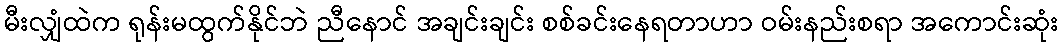
မီးလျှံထဲက ရုန်းမထွက်နိုင်ဘဲ ညီနောင် အချင်းချင်း စစ်ခင်းနေရတာဟာ ဝမ်းနည်းစရာ အကောင်းဆုံး